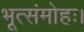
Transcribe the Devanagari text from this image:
भूत्संमोहः।